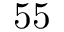
5 5